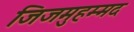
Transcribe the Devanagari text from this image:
जिजमुहम्मद